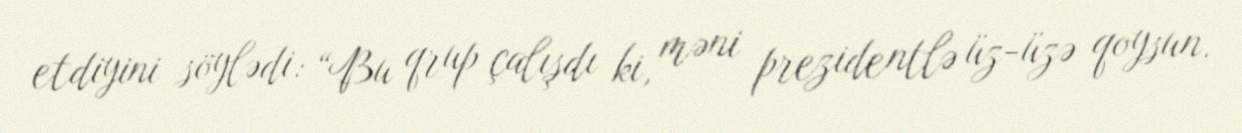
etdiyini söylədi: “Bu qrup çalışdı ki, məni prezidentlə üz-üzə qoysun.